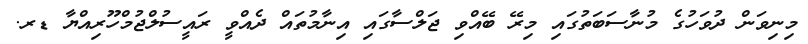
މިނިވަން ދުވަހުގެ މުނާސަބަތުގައި މިރޭ ބޭއްވި ޖަލްސާގައި އިނާމުތައް ދެއްވީ ރައީސުލްޖުމްހޫރިއްޔާ ޑރ.